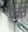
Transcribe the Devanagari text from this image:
पैचेस